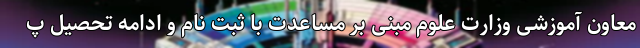
معاون آموزشی وزارت علوم مبنی بر مساعدت با ثبت نام و ادامه تحصیل پ